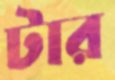
টার